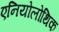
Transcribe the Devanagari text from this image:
एनियोलोथिक